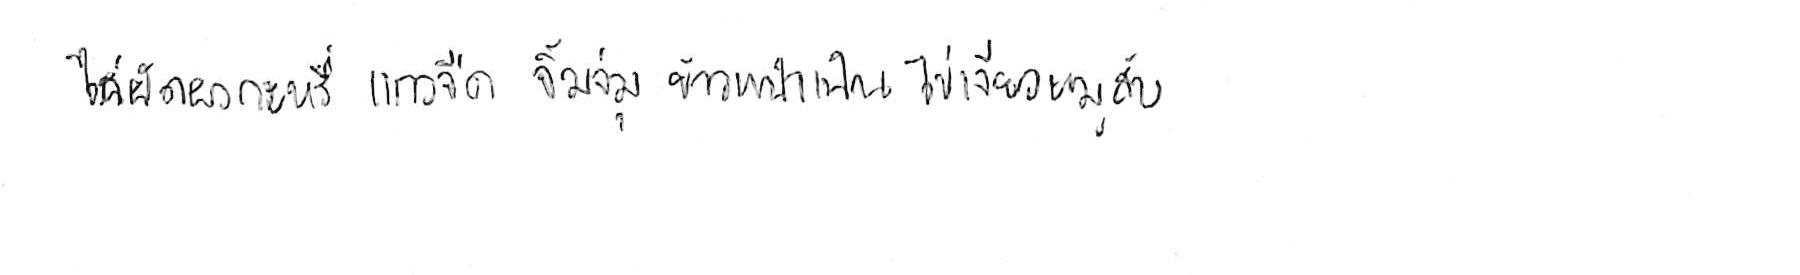
ไก่ผัดผงกะหรี่ แกงจืด จิ้มจุ่ม ข้าวหน้าเป็ด ไข่เจียวหมูสับ